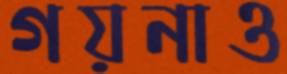
গয়নাও